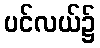
ပင်လယ်၌